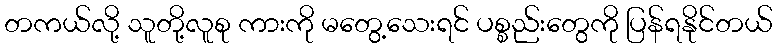
တကယ်လို့ သူတို့လူစု ကားကို မတွေ့သေးရင် ပစ္စည်းတွေကို ပြန်ရနိုင်တယ်